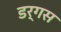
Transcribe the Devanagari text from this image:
डर्गस